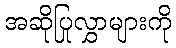
အဆိုပြုလွှာများကို